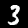
Digit: 3